Mental hospitals Bombay report 1921-28 - 1921-1928
Year: 1921
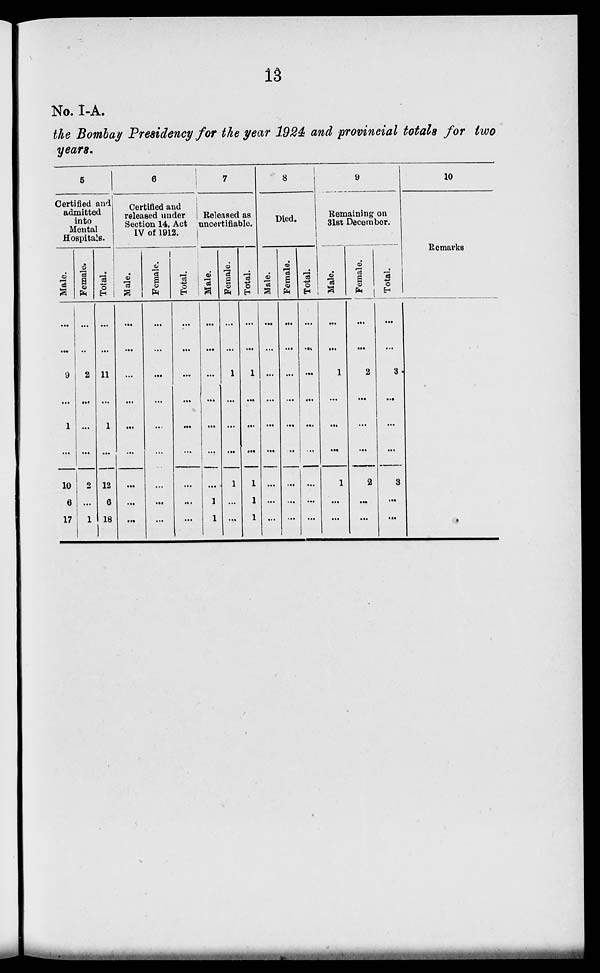
13
No. I-A.
the Bombay Presidency for the year 1924 and provincial totals for two
years.
5
Certified and
admitted
into
Mental
Hospitals.
Male.
...
...
9
...
1
...
10
6
17
Female.
...
..
2
...
...
...
2
...
1
Total.
...
...
11
...
1
...
12
6
18
6
Certified and
released under
Section 14, Act
IV of 1912.
Male.
...
...
...
...
...
...
...
...
...
Female.
...
...
...
...
...
...
...
...
...
Total.
...
...
...
...
...
...
...
...
...
7
Released as
uncertifiable.
Male.
...
...
...
...
...
...
...
1
1
Female.
...
...
1
...
...
...
1
...
...
Total.
...
...
1
...
...
...
1
1
1
8
Died.
Male.
...
...
...
...
...
...
...
...
...
Female.
...
...
...
...
...
...
...
...
...
Total.
...
...
...
...
...
...
...
...
9
Remaining on
31st December.
Male.
...
...
1
...
...
...
1
...
...
Female.
...
...
2
...
...
...
2
...
...
Total.
...
...
3
...
...
...
3
...
...
10
Remarks